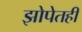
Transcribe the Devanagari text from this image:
झोपेतही